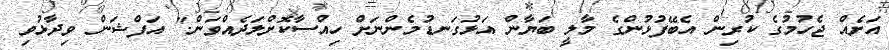
އަށެއް ޖެހުމުގެ ކުރިން އެބޭފުޅުންގެ މާލީ ބަޔާން އަޅުގަނޑުމެންނަށް ހިއްސާކޮށްލަދެއްވަން." އަފްޝަން ވިދާޅުވި